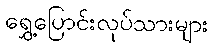
ရွှေ့ပြောင်းလုပ်သားများ